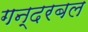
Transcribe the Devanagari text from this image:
गन्दरबल